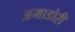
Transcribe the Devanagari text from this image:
अमाडोरी